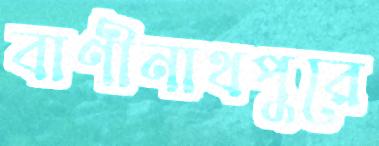
বাণীনাথপুরে